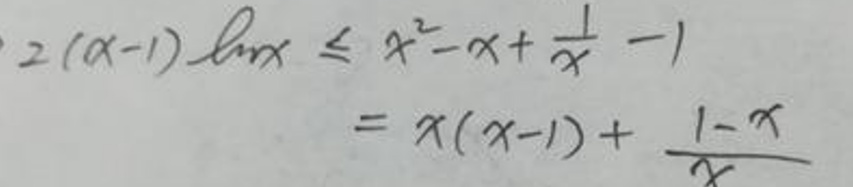
\[
\begin{align*}
2(x - 1)\ln x&\leq x^{2}-x+\frac{1}{x}-1\\
&=x(x - 1)+\frac{1 - x}{x}
\end{align*}
\]